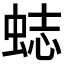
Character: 𧋺